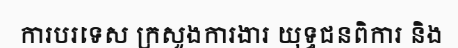
ការបរទេស ក្រសួងការងារ យុទ្ធជនពិការ និង